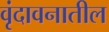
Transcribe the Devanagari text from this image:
वृंदावनातील